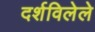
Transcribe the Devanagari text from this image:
दर्शविलेले